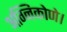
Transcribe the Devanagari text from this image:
अग्निकोणे।